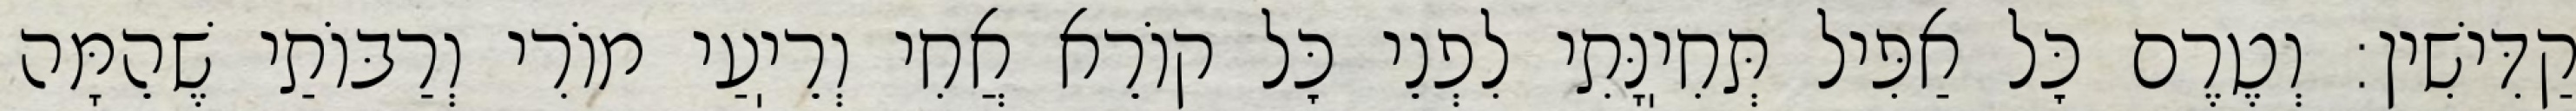
קַדִּישִׁין: וְטֶרֶם כׇּל אַפִּיל תְּחִיֽנָּתִי לִפְנֵי כׇּל קוֹרֵא אֲחִי וְרֵיֽעַי מוֹרִי וְרַבּוֹתַי שֶׁהֵמָּה